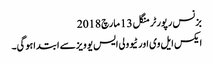
بزنس رپورٹر منگل 13 مارچ 2018
ایکس ایل وی اور ٹیوولی ایس یو ویزسے ابتداہوگی۔